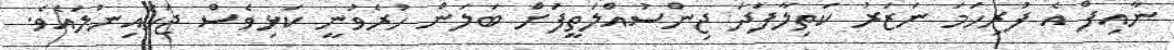
ނާއިފް އެ ފުރިހަމަ ނަޒަރު ކަތިލާފަދަ ޖިންސުއްލަތީފަށް ބަލަން ހުރެވުނީ ކަޅިވެސް ޖަހައިނުލައެވެ.